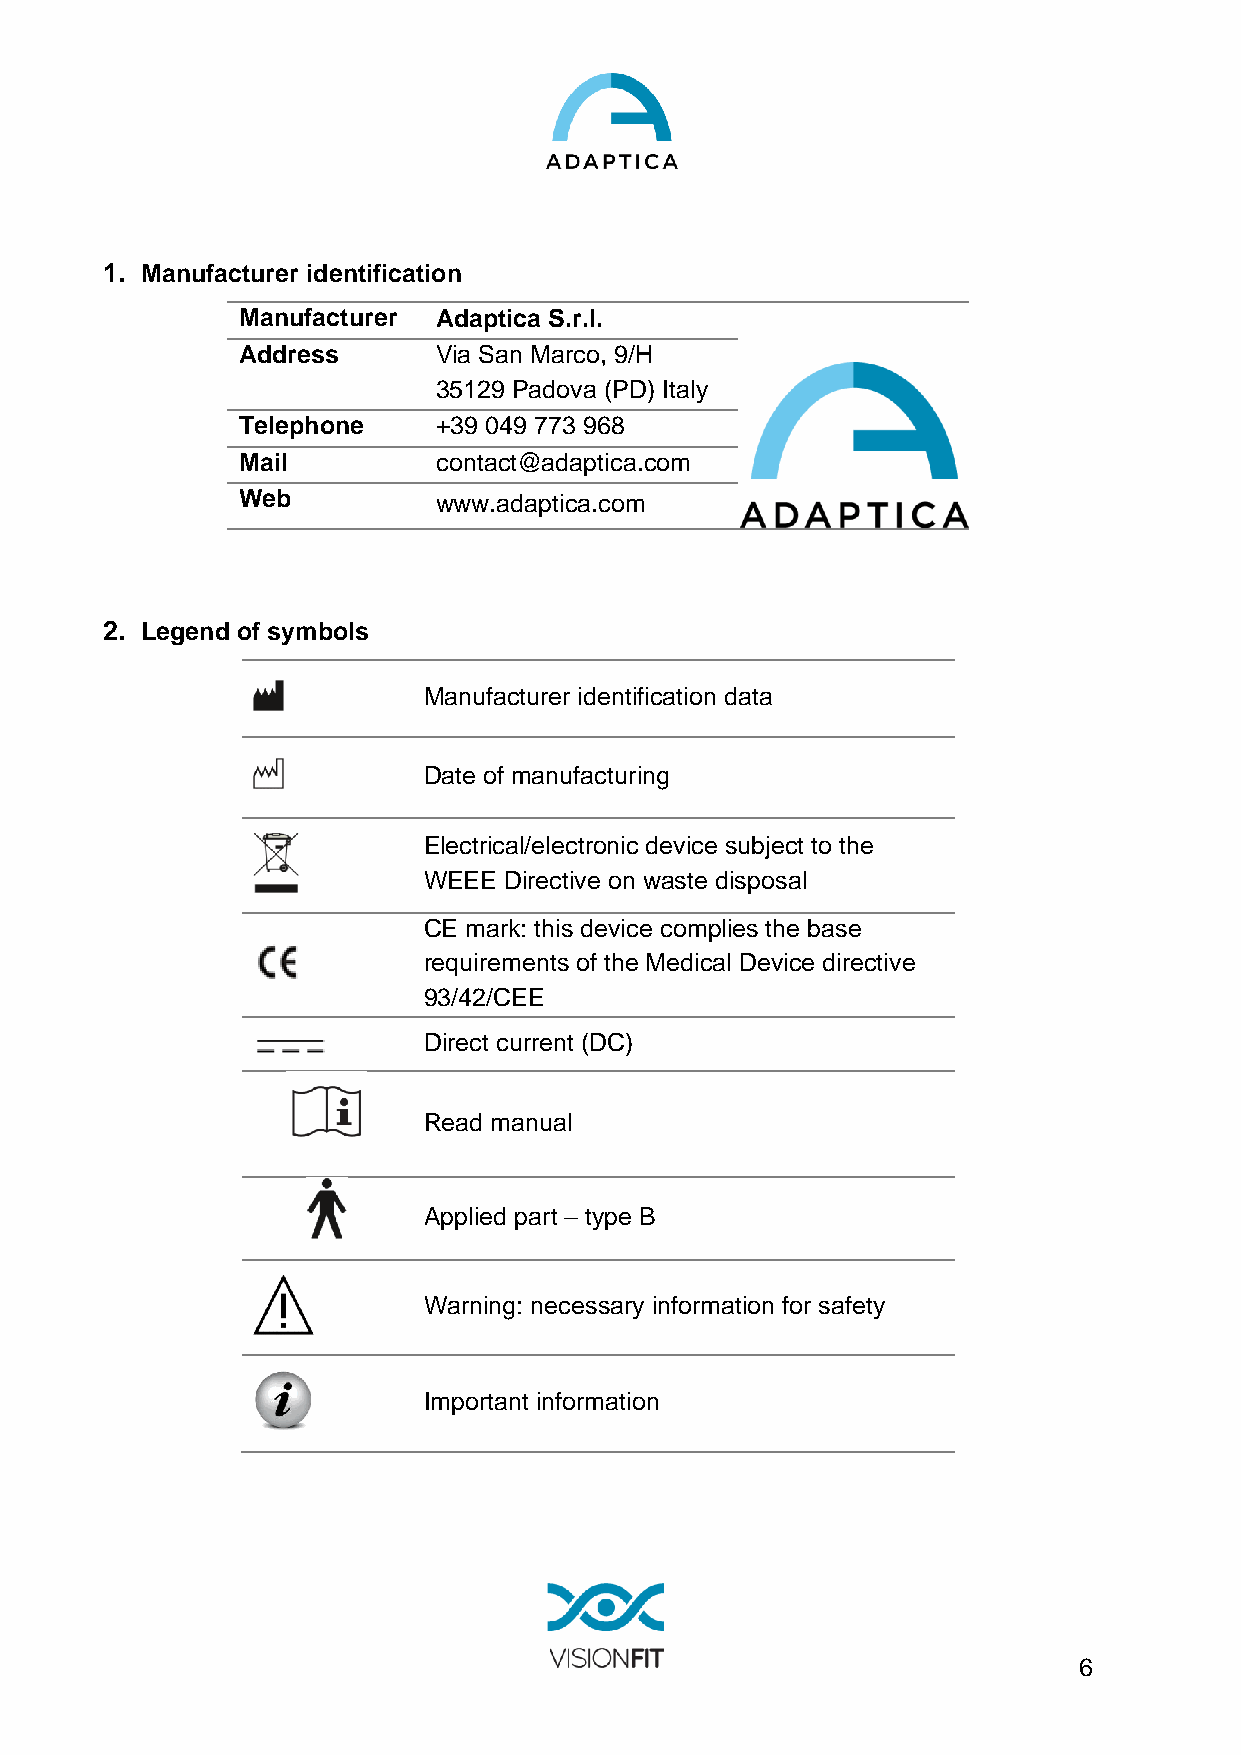
1. Manufacturer identification
 Manufacturer Adaptica S.r.l.
 Address      Via San Marco, 9/H
 35129 Padova (PD) Italy
 Telephone    +39 049 773 968
 Mail         contact@adaptica.com
 Web          www.adaptica.com
 2. Legend of symbols
 Manufacturer identification data
 Date of manufacturing
 Electrical/electronic device subject to the
 WEEE Directive on waste disposal
 CE mark: this device complies the base
 requirements of the Medical Device directive
 93/42/CEE
 Direct current (DC)
 Read manual
 Applied part – type B
 Warning: necessary information for safety
 Important information
 6